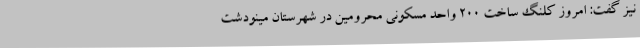
نیز گفت: امروز کلنگ ساخت 200 واحد مسکونی محرومین در شهرستان مینودشت